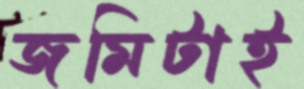
জমিটাই